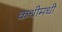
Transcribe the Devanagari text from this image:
कधीमधी